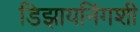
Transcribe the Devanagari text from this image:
डिझायनिंगशी